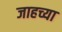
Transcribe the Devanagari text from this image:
जाहच्या